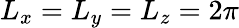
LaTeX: L_{x}=L_{y}=L_{z}=2\pi